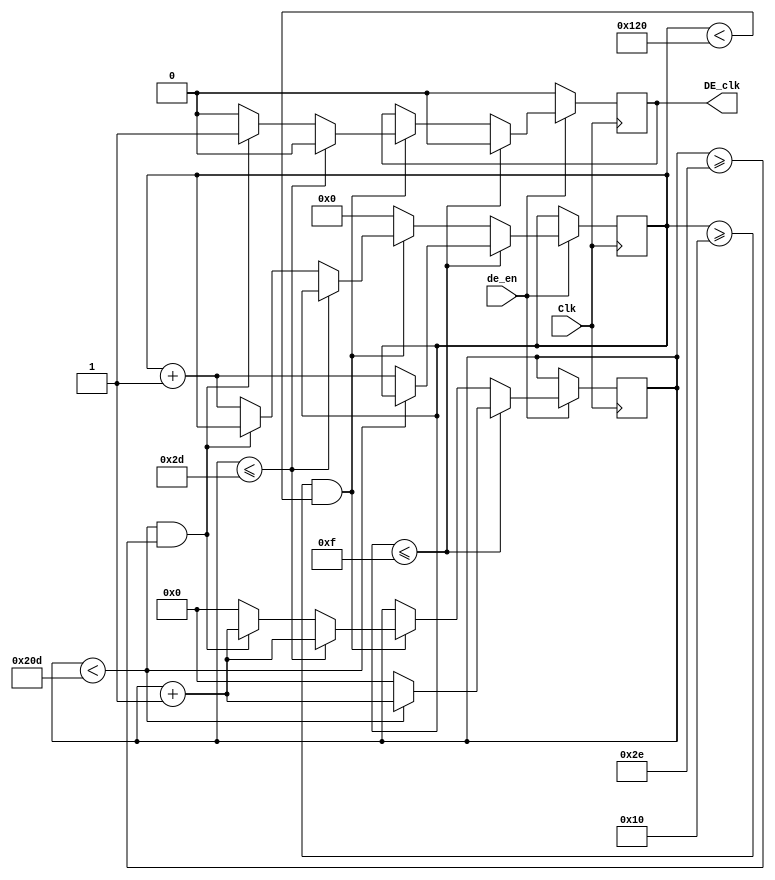
`timescale 1ns / 1ps
//////////////////////////////////////////////////////////////////////////////////
// Company: 
// Engineer: 
// 
// Design Name: 
// Module Name:    DE 
// Project Name: 
// Target Devices: 
// Tool versions: 
// Description: 
//
// Dependencies: 
//
// Revision: 
// Revision 0.01 - File Created
// Additional Comments: 
//
//////////////////////////////////////////////////////////////////////////////////
module DE(input de_en,Clk,output reg DE_clk);

	 
reg [9:0]count;
reg [8:0]c;

initial 
begin
count <=10'b0;
c<=9'b0;
end

always@(posedge Clk)
begin
if(de_en)begin


if(c<=9'd15)begin														
								count <= count +1'b1;
							   if(count < 10'd525)
								DE_clk <=0;
								else begin
								count<=10'b0; c<=c+1'b1;DE_clk<=0;end
								end

else begin
      if(c>=9'd16 && c<9'd288)begin														
								count <= count +1'b1;
							   if(count <= 10'd45)
								DE_clk <=0;
								else 
								begin
									if(count<10'd525 && count >= 10'd46)
									DE_clk<=1;
									else begin
									count<=10'b0; c<=c+1'b1;DE_clk<=0;end
								end
								end
		else c<=0;
end

end														
else DE_clk<=0;
end
endmodule